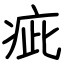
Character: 疵